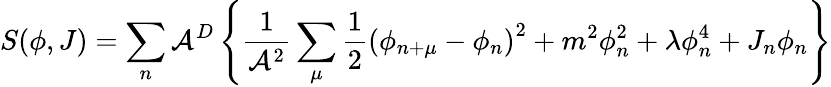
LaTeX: S(\phi,J)=\sum_{n}\mathcal{A}^{D}\left\{ \frac{{1}}{{\mathcal{A}^{2}}}\sum_{\mu}\frac{{1}}{{2}}\left(\phi_{n+\mu}-\phi_{n}\right)^{2}+m^{2}\phi_{n}^{2}+\lambda\phi_{n}^{4}+J_{n}\phi_{n}\right\}